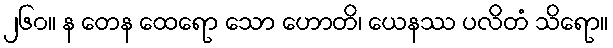
၂၆၀။ န တေန ထေရော သော ဟောတိ၊ ယေနဿ ပလိတံ သိရော။